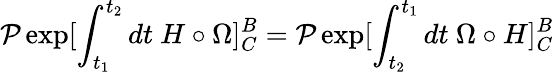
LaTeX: {\cal P}\exp[\int_{t_{1}}^{t_{2}}dt\ H\circ\Omega]_{C}^{B}={\cal P}\exp[\int_{t_{2}}^{t_{1}}dt\ \Omega\circ H]_{C}^{B}